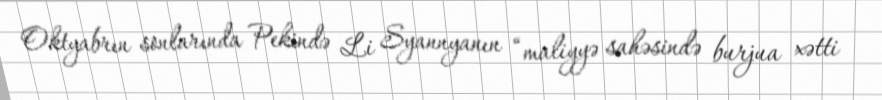
Oktyabrın sonlarında Pekində Li Syannyanın “maliyyə sahəsində burjua xətti